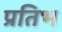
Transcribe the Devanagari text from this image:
प्रतिभ